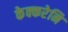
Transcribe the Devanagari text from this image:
केक्करेनि